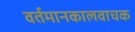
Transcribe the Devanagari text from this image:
वर्तमानकालवाचक